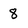
Character: 8